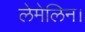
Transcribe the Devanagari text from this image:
लेमेलिन।